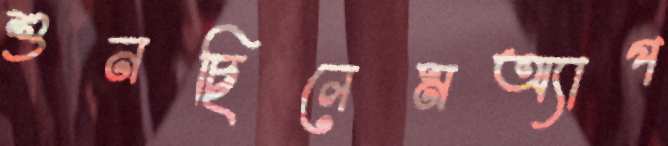
শুনছিলেমঅ্যাপ